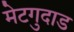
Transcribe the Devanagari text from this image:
मेटगुदाड